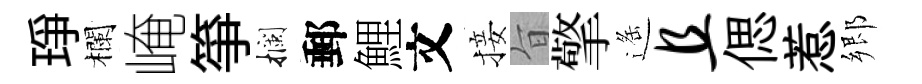
琤欄崦箏攔郵鯉文接旨擎遥且偲惹郷